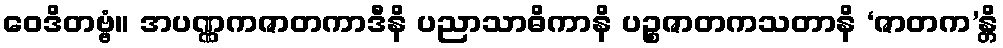
ဝေဒိတဗ္ဗံ။ အပဏ္ဏကဇာတကာဒီနိ ပညာသာဓိကာနိ ပဉ္စဇာတကသတာနိ ‘ဇာတက’န္တိ